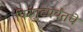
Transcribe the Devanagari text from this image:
पिरंगुटपर्यंतचे